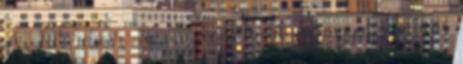
Az M5 rekesz -re nem vonatkozik az ingyen szállítás